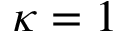
\kappa = 1